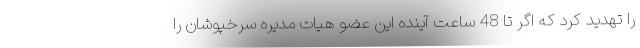
را تهدید کرد که اگر تا 48 ساعت آینده این عضو هیات مدیره سرخپوشان را